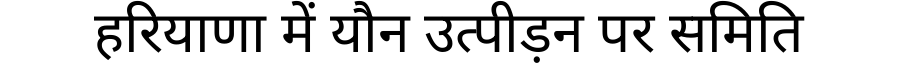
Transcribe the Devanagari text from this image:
हरियाणा में यौन उत्पीड़न पर समिति